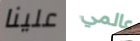
علينا عالمي